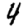
Digit: 4